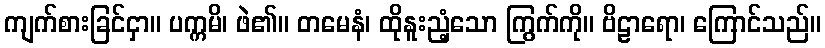
ကျက်စားခြင်ငှာ။ ပက္ကမိ၊ ဖဲ၏။ တမေနံ၊ ထိုနူးညံ့သော ကြွက်ကို။ ဗိဠာရော၊ ကြောင်သည်။